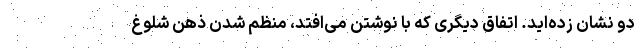
دو نشان زده‌اید. اتفاق دیگری که با نوشتن می‌افتد، منظم شدن ذهن شلوغ